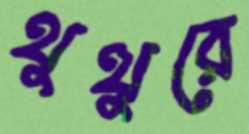
থুত্থুরে